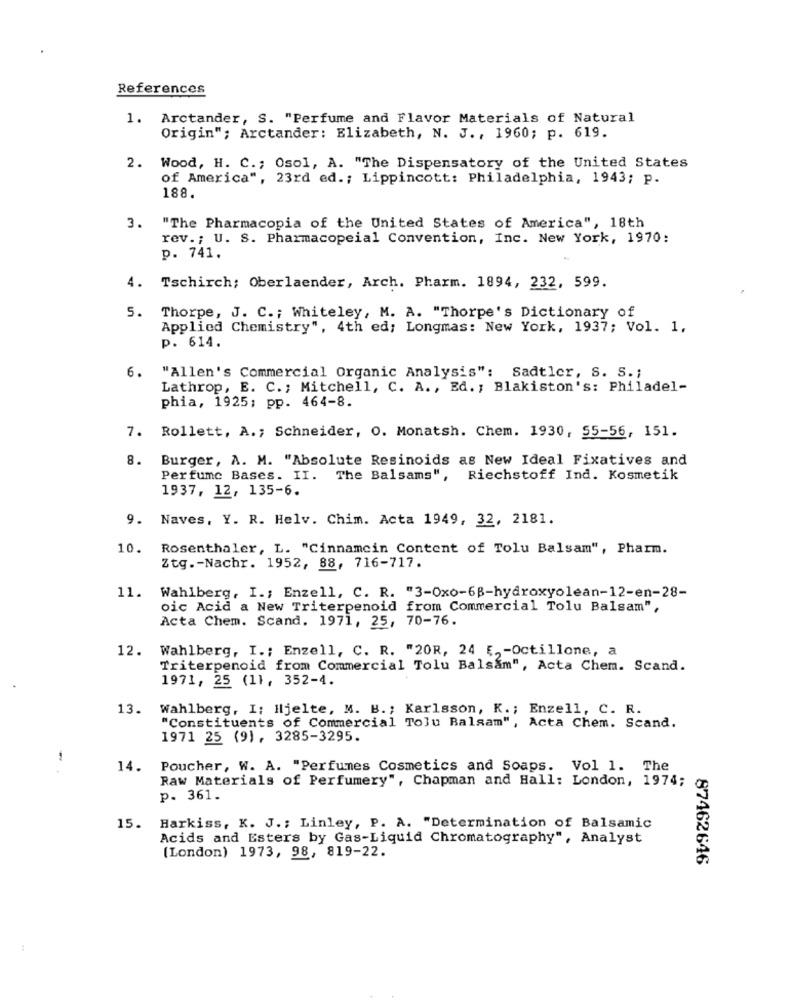
References
1. Arctander, S. "Perfume and Flavor Materials of Natural
Origin"; Arctander: Elizabeth, N. J ., 1960; p. 619.
2.
Wood, H. C .; Osol, A. "The Dispensatory of the United States
of America", 23rd ed .; Lippincott: Philadelphia, 1943; p.
188.
3.
"The Pharmacopia of the United States of America", 18th
rev. ; U. S. Pharmacopeial Convention, Inc. New York, 1970:
p. 741.
4.
Tschirch; Oberlaender, Arch. Pharm. 1894, 232, 599.
5. Thorpe, J. C .; Whiteley, M. A. "Thorpe's Dictionary of
Applied Chemistry", 4th ed; Longmas: New York, 1937; Vol. 1.
p. 614.
6.
"Allen's Commercial Organic Analysis": Sadtler, S. S .;
Lathrop, E. C .; Mitchell, C. A ., Ed. ; Blakiston's: Philadel-
phia, 1925; pp. 464-8.
7. Rollett, A .; Schneider, O. Monatsh. Chem. 1930, 55-56, 151.
Burger, A. M. "Absolute Resinoids as New Ideal Fixatives and
Perfume Bases. II.
The Balsams", Riechstoff Ind. Kosmetik
1937, 12, 135-6.
9. Naves, Y. R. Helv. Chim. Acta 1949, 32, 2181.
10.
Rosenthaler, L. "Cinnamcin Content of Tolu Balsam", Pharm.
Ztg .- Nachr. 1952, 88, 716-717.
11. Wahlberg, I .; Enzell, C. R. "3-Oxo-6B-hydroxyolean-12-en-28-
oic Acid a New Triterpenoid from Commercial Tolu Balsam",
Acta Chem. Scand. 1971, 25, 70-76.
12.
Wahlberg, I .; Enzell, C. R. "20R, 24 €, - Octillone, a
Triterpenoid from Commercial Tolu Balsam", Acta Chem. Scand.
1971, 25 (11, 352-4.
13.
Wahlberg, I: Iljelte, M. B .; Karlsson, K .; Enzell, C. R.
"Constituents of Commercial Tolu Balsam", Acta Chem. Scand.
1971 25 (9), 3285-3295.
14. Poucher, W. A. "Perfumes Cosmetics and Soaps. Vol 1. The
Raw Materials of Perfumery", Chapman and Hall: London, 1974;
p. 361.
15.
Harkiss, K. J .; Linley, P. A. "Determination of Balsamic
Acids and Esters by Gas-Liquid Chromatography", Analyst
(London) 1973, 98, 819-22.
87462646